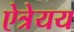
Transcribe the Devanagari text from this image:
ऐत्रेयय